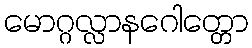
မောဂ္ဂလ္လာနဂေါတ္တော